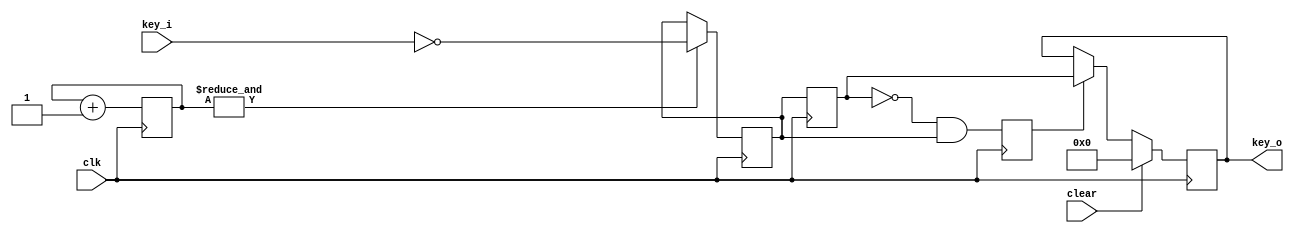
`timescale 1ns / 1ps
//////////////////////////////////////////////////////////////////////////////////
// Company: 
// Engineer: 
// 
// Create Date:
// Design Name: 
// Module Name: key
// Project Name: 
// Target Devices: 
// Tool Versions: 
// Description: 
// 
// Dependencies: 
// 
// Revision:
// Revision 0.01 - File Created
// Additional Comments:
// 
//////////////////////////////////////////////////////////////////////////////////

module key
(
	input	wire		clk,
	
	// cpu
	input	wire		clear,
	
	// 
	input	wire [5:0]	key_i, // 
	output	reg  [5:0]	key_o  // 
);

reg [18:0] cnt;
reg [5:0] key_d0;
reg [5:0] key_d1;
reg key_flag;

// (20ms)
always@(posedge clk)
begin
    cnt <= cnt + 1;
end

// ()
always@(posedge clk)
begin
    if(&cnt)
        key_d0 <= ~key_i;
end

// 
always@(posedge clk)
begin
    key_d1 <= key_d0;
	key_flag <= !key_d1 && key_d0;
end

// 
always@(posedge clk)
begin
	if(clear)
		key_o <= 0;
	else if(key_flag)
		key_o <= key_d1;
end

endmodule